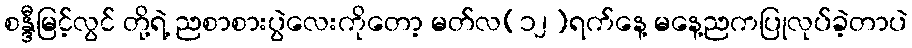
စန္ဒီမြင့်လွင် တို့ရဲ့ ညစာစားပွဲလေးကိုတော့ မတ်လ(၁၂)ရက်နေ့ မနေ့ညကပြုလုပ်ခဲ့တာပဲ